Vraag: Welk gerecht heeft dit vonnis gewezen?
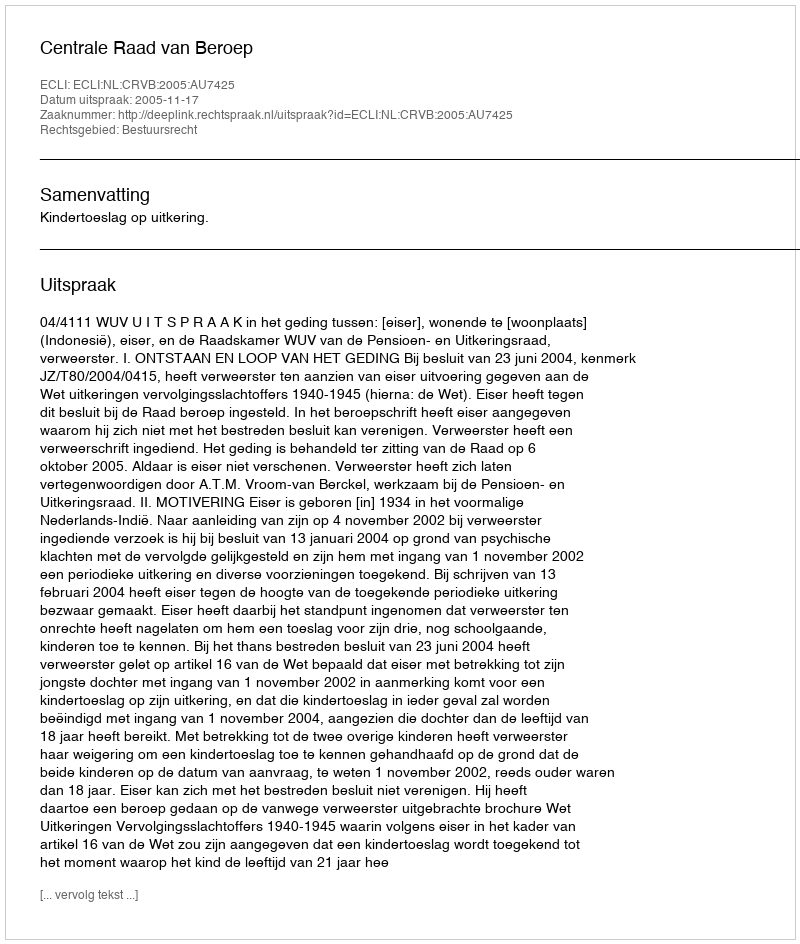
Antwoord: Centrale Raad van Beroep